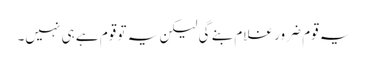
یہ قوم ضرور غلام بنے گی لیکن یہ تو قوم ہے ہی نہیں۔